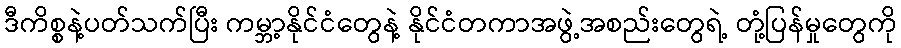
ဒီကိစ္စနဲ့ပတ်သက်ပြီး ကမ္ဘာ့နိုင်ငံတွေနဲ့ နိုင်ငံတကာအဖွဲ့အစည်းတွေရဲ့ တုံ့ပြန်မှုတွေကို